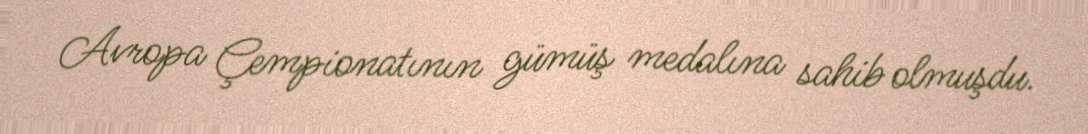
Avropa Çempionatının gümüş medalına sahib olmuşdu.